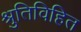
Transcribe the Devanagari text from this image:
श्रुतिविहित